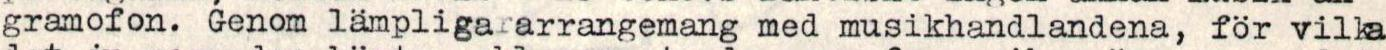
gramofon. Genom lämpligararrangemang med musikhandlandena, för vilka